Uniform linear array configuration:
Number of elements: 8
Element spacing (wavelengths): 0.25
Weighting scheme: cosine
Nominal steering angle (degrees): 0
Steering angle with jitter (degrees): -0.8863
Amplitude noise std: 0.05
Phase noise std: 0.05

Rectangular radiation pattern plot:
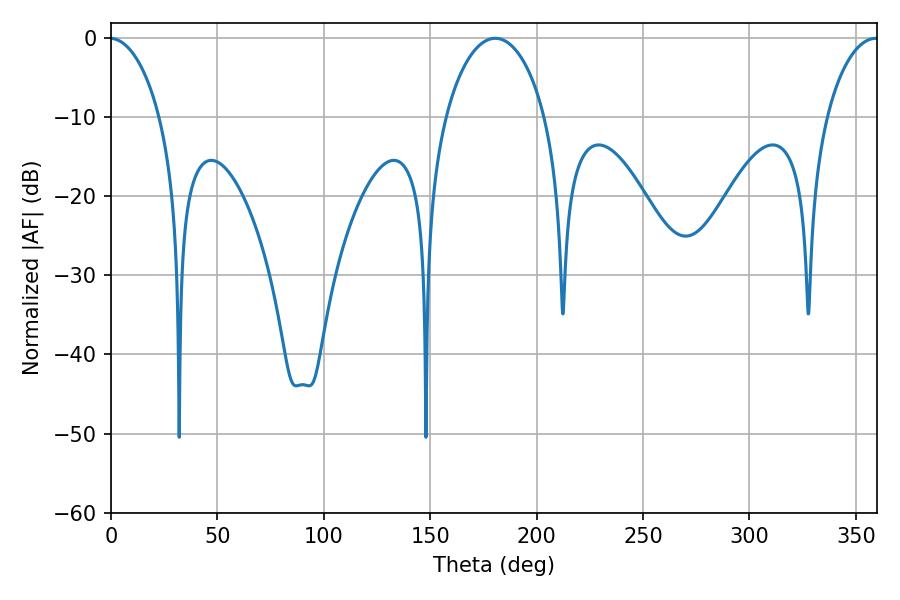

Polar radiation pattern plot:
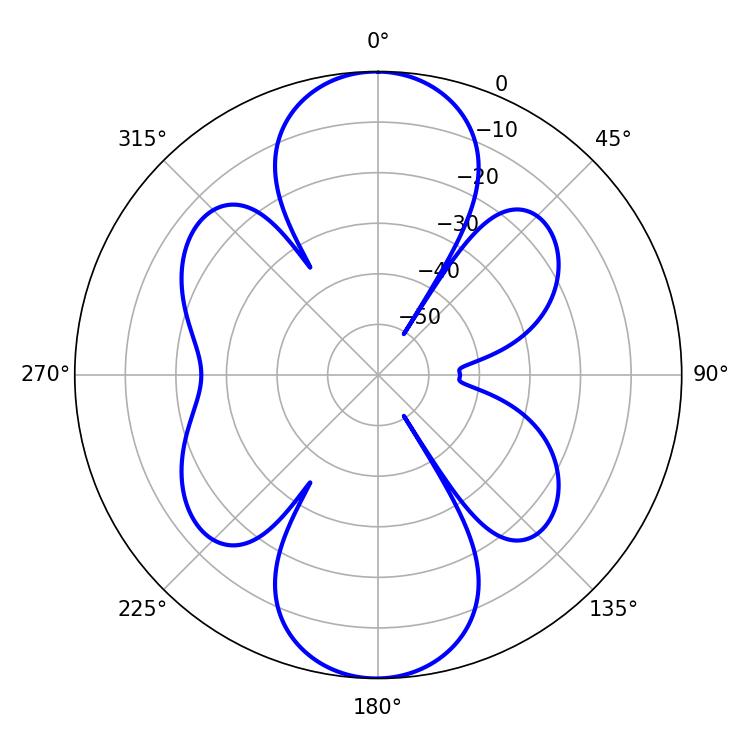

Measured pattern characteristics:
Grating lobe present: FALSE
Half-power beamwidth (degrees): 26.64
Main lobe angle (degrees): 180.54